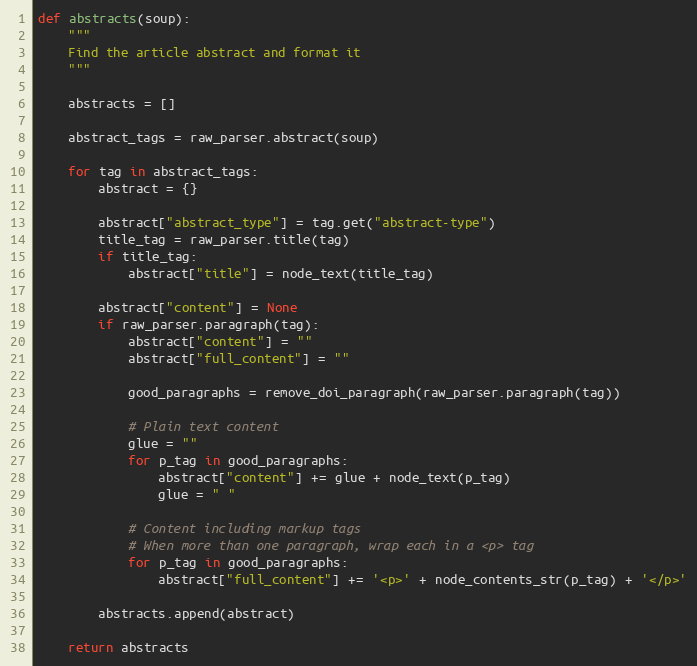
Language: Python
def abstracts(soup):
    """
    Find the article abstract and format it
    """

    abstracts = []

    abstract_tags = raw_parser.abstract(soup)

    for tag in abstract_tags:
        abstract = {}

        abstract["abstract_type"] = tag.get("abstract-type")
        title_tag = raw_parser.title(tag)
        if title_tag:
            abstract["title"] = node_text(title_tag)

        abstract["content"] = None
        if raw_parser.paragraph(tag):
            abstract["content"] = ""
            abstract["full_content"] = ""

            good_paragraphs = remove_doi_paragraph(raw_parser.paragraph(tag))

            # Plain text content
            glue = ""
            for p_tag in good_paragraphs:
                abstract["content"] += glue + node_text(p_tag)
                glue = " "

            # Content including markup tags
            # When more than one paragraph, wrap each in a <p> tag
            for p_tag in good_paragraphs:
                abstract["full_content"] += '<p>' + node_contents_str(p_tag) + '</p>'

        abstracts.append(abstract)

    return abstracts